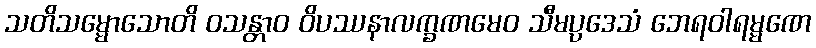
သတိသမ္မောသောတိ ဝသန္တာဝ ဝိပဿနာလက္ခဏမေဝ သီမပ္ပဒေသံ ဘေရဝါရမ္မဏေ